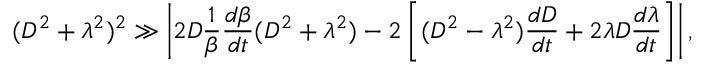
( D ^ { 2 } + \lambda ^ { 2 } ) ^ { 2 } \gg \left| 2 D \frac { 1 } { \beta } \frac { d \beta } { d t } ( D ^ { 2 } + \lambda ^ { 2 } ) - 2 \left[ ( D ^ { 2 } - \lambda ^ { 2 } ) \frac { d D } { d t } + 2 \lambda D \frac { d \lambda } { d t } \right] \right| ,